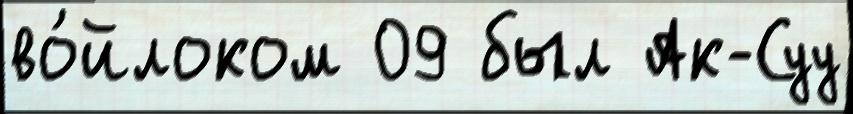
во́йлоком 09 был Ак-Суу